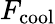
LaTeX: F_{\mathrm{cool}}